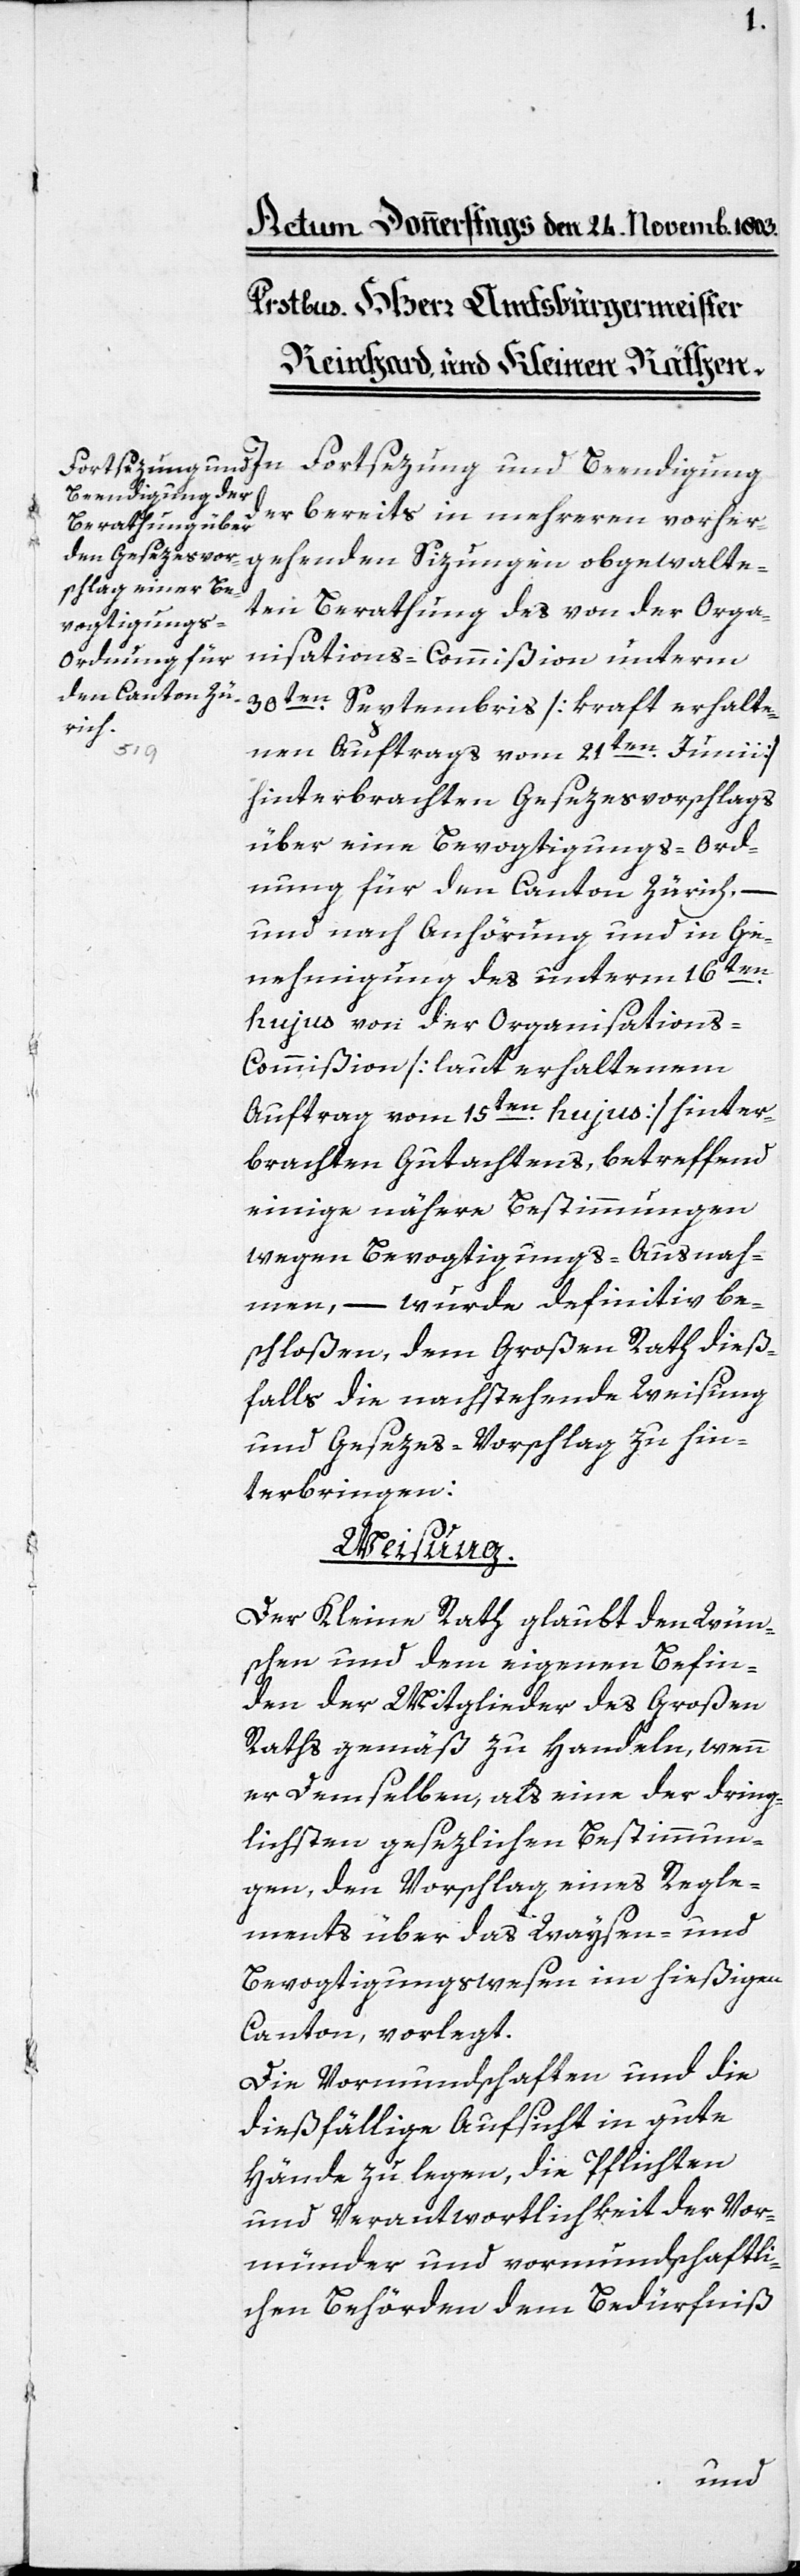
Fortsetzung und Beendigung
der bereits in mehreren vorher¬
gehenden Sizungen obgewalte¬
ten Berathung des von der Orga¬
nisations-Commißion unterm
30ten. Septembris (kraft erhalte¬
nen Auftrags vom 21ten. Junii)
hinterbrachten Gesezesvorschlags
über eine Bevogtigungs-Ord¬
nung für den Canton Zürich, –
und nach Anhörung und in Ge¬
nehmigung des unterm 16ten.
hujus von der Organisation¬
s-Commißion (laut erhaltenem
Auftrag vom 15ten. hujus) hinter¬
brachten Gutachtens, betreffend
einige nähere Bestimmungen
wegen Bevogtigungs-Ausnah¬
men, – wurde definitiv be¬
schloßen, dem Großen Rath dieß¬
falls die nachstehende Weisung
und Gesezes-Vorschlag zu hin¬
terbringen:
Weisung.
Der Kleine Rath glaubt den Wün¬
schen und dem eigenen Befin¬
den der Mitglieder des Großen
Raths gemäß zu handeln, wenn
er Demselben, als eine der dring¬
lichsten gesezlichen Bestimmun¬
gen, den Vorschlag eines Regle¬
ments über das Waysen- und
Bevogtigungswesen im hießigen
Canton, vorlegt.
Die Vormundschaften und die
dießfällige Aufsicht in gute
Hände zu legen, die Pflichten
und Verantwortlichkeit der Vor¬
münder und vormundschaftli¬
chen Behörden dem Bedürfniß